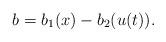
LaTeX: \begin{align*}b = b_1(x) - b_2(u(t)).\end{align*}